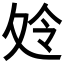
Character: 𱘣